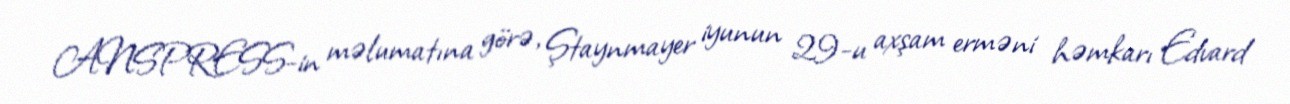
ANSPRESS-in məlumatına görə, Ştaynmayer iyunun 29-u axşam erməni həmkarı Edvard